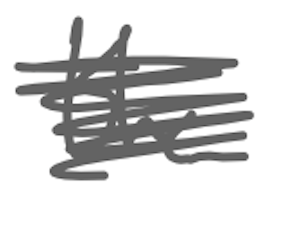
Text: the
Cross-out: scratch
Writing tool: digital_gray